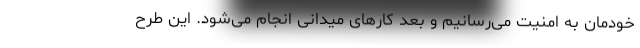
خودمان به امنیت می‌رسانیم و بعد کارهای میدانی انجام می‌شود. این طرح